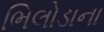
ભિલોડાના